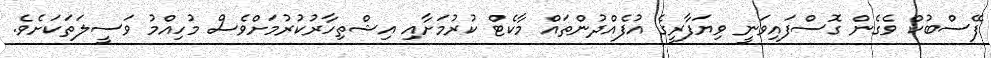
ފޭސްބުކް ވެގެން ގޮސްފައިވަނީ ވިޔަފާރީގެ އުފެއްދުންތައް މާކެޓް ކުރުމަށާއި އިޝްތިހާރުކުރުމަށްވެސް މުހިއްމު ވަސީލަތަކަށެވެ.